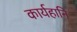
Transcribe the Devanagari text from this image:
कार्यहानि